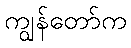
ကျွန်တော်က